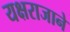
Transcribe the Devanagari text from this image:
यक्षराजाने